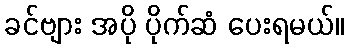
ခင်ဗျား အပို ပိုက်ဆံ ပေးရမယ်။